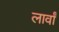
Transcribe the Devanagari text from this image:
लार्वां